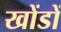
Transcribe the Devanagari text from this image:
खोंडों